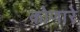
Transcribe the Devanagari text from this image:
कोणारे